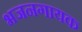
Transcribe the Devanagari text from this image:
भजनगायक